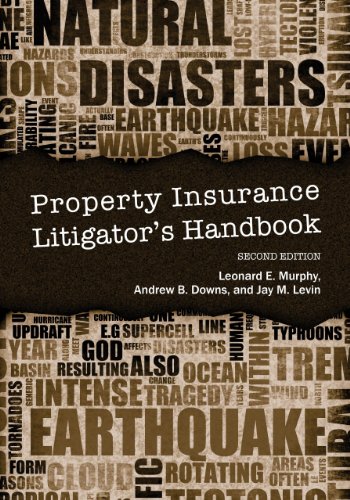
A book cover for Property Insurance Litigator's Handbook; Leonard E. Murphy; Law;